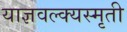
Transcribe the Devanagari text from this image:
याज्ञवल्क्यस्मृती